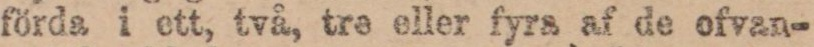
förda i ett, två, tre eller fyra af de ofvan-